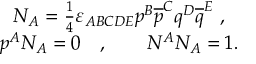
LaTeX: \begin{array} { c } { { N _ { A } = \frac 1 4 \varepsilon _ { A B C D E } p ^ { B } \overline { { { p } } } ^ { C } q ^ { D } \overline { { { q } } } ^ { E } \ , } } \\ { { p ^ { A } N _ { A } = 0 \quad , \qquad N ^ { A } N _ { A } = 1 . } } \end{array}